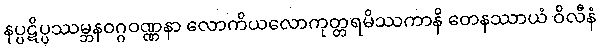
နပ္ပဋိပ္ပဿမ္ဘနဝဂ္ဂဝဏ္ဏနာ လောကိယလောကုတ္တရမိဿကာနိ တေနဿာယံ ဝိလီနံ